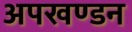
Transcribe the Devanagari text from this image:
अपखण्डन